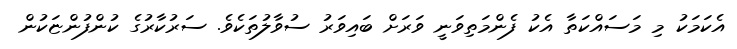
އެކަމަކު މި މަސައްކަތާ އެކު ފެންމަތިވަނީ ވަރަށް ބައިވަރު ސުވާލުތަކެވެ. ސަރުކާރުގެ ކުންފުންޏަކުން